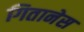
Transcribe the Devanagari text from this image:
गितानेस